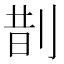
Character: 剒